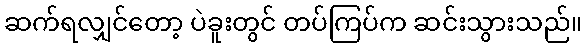
ဆက်ရလျှင်တော့ ပဲခူးတွင် တပ်ကြပ်က ဆင်းသွားသည်။